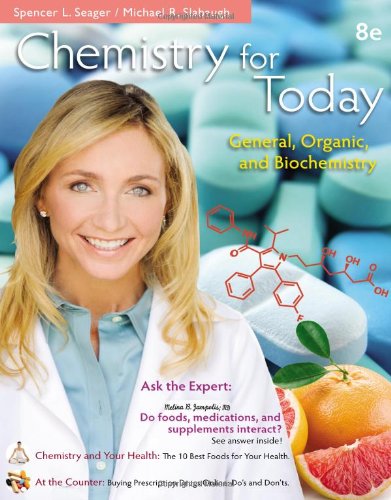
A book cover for Chemistry for Today: General, Organic, and Biochemistry; Spencer L. Seager; Science & Math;